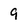
Character: 9